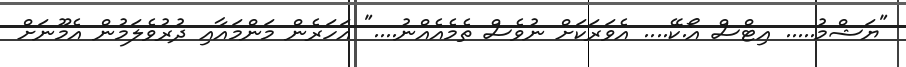
"ޔަޝްމު..... އިޓްސް އޯ.ކޭ.... އެވަރަކަށް ނުވެސް ތެމެއެއްނު...." އަހަރެން މަންމައާއި ދުރުވެލަމުން އެމޫނަށް